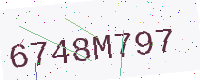
Text: 6748M797